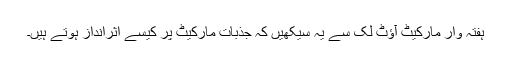
ہفتہ وار مارکیٹ آؤٹ لک سے یہ سیکھیں کہ جذبات مارکیٹ پر کیسے اثرانداز ہوتے ہیں۔